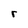
Character: r